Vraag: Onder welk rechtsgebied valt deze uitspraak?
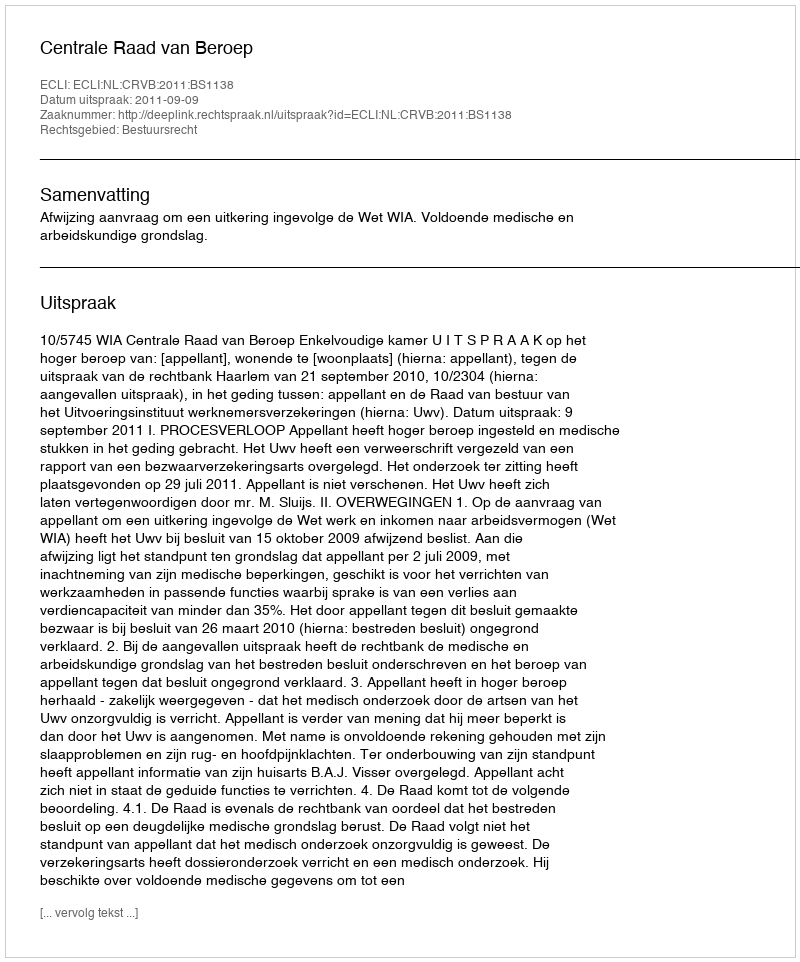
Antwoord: Bestuursrecht